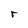
Character: r